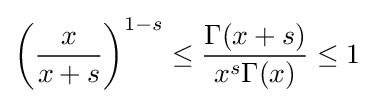
\left({\frac {x}{x+s}}\right)^{1-s}\leq {\frac {\Gamma (x+s)}{x^{s}\Gamma (x)}}\leq 1